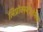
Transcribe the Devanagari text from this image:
लिप्रोक्स्यीजेनेस